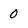
Character: 0